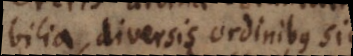
possibilia, diversis ordinibus sive